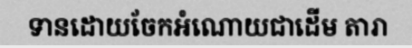
ទានដោយចែកអំណោយជាដើម តារា